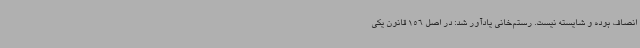
انصاف بوده و شایسته نیست. رستم‌خانی یادآور شد: در اصل 156 قانون یکی